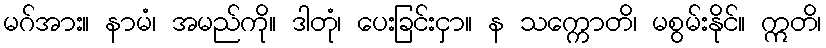
မဂ်အား။ နာမံ၊ အမည်ကို။ ဒါတုံ၊ ပေးခြင်းငှာ။ န သက္ကောတိ၊ မစွမ်းနိုင်။ ဣတိ၊